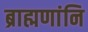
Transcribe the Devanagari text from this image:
ब्राह्मणांनि